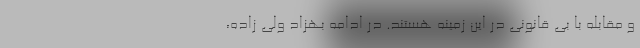
و مقابله با بی ‌قانونی در این زمینه هستند. در ادامه بهزاد ولی ‌زاده،